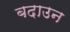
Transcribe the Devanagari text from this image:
बदाउन